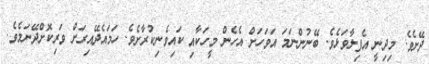
ދޭށެވެ. މިދިނީ އެފިލާވަޅެވެ. ބޭނުންނަމަ އަވަހަށް އެހެން މީހަކާއި ކައިވެނިކުރާށެވެ. ހަމައެދޭއިރަށް ވަރިކޮށްދޭނަމެވެ.